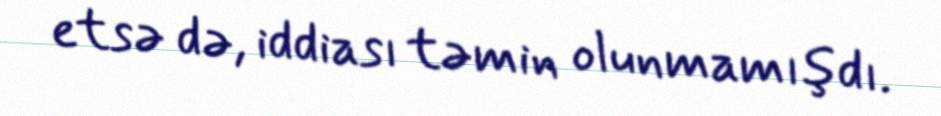
etsə də, iddiası təmin olunmamışdı.